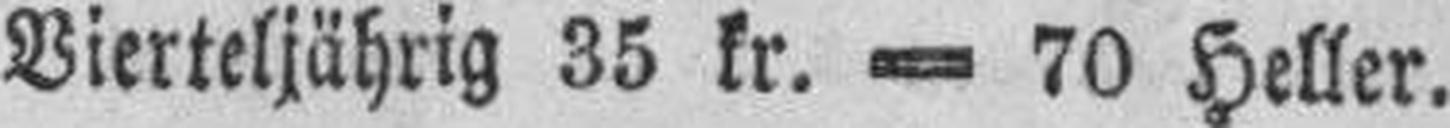
Vierteljährig 35 kr. = 70 Heller.